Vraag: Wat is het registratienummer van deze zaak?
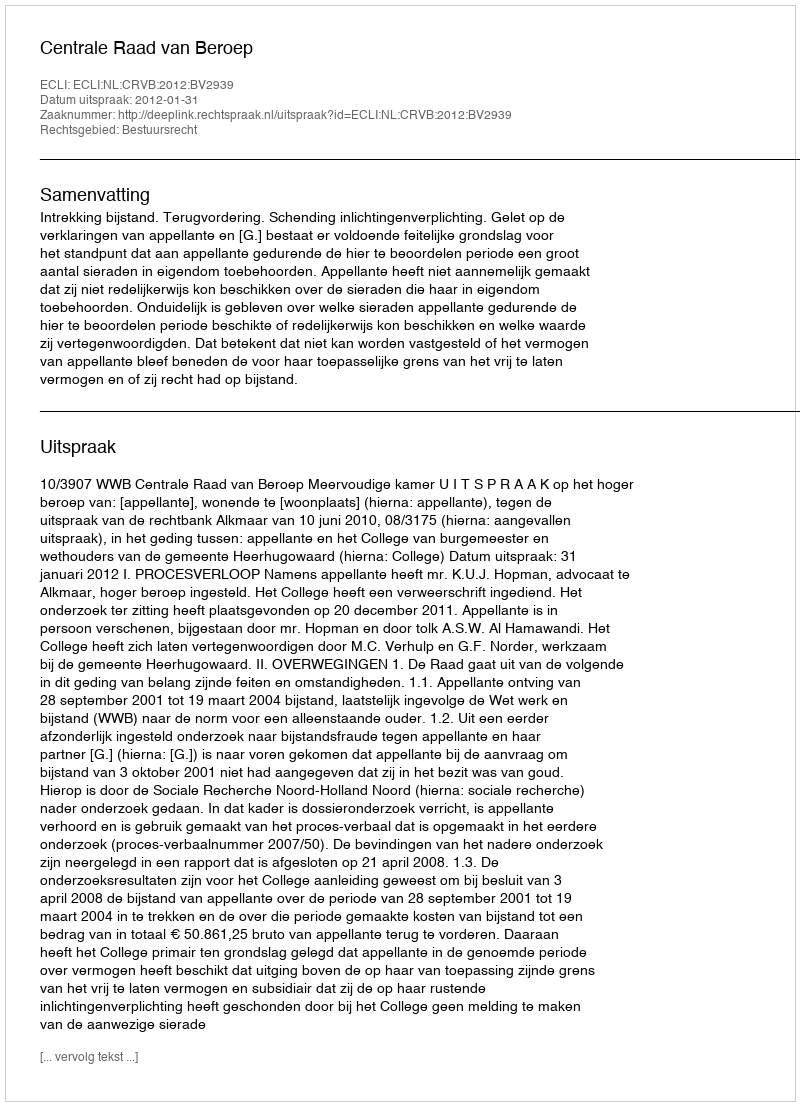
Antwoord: http://deeplink.rechtspraak.nl/uitspraak?id=ECLI:NL:CRVB:2012:BV2939